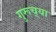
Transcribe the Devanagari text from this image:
गुरूच़्या